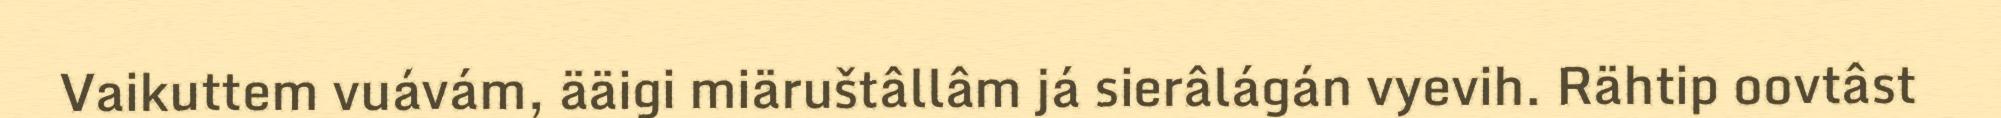
Vaikuttem vuávám, ääigi miäruštâllâm já sierâlágán vyevih. Rähtip oovtâst